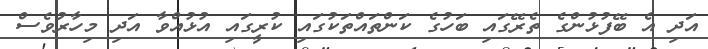
އަދި އެ ބޭފުޅުންގެ ތެރޭގައި ބަހުގެ ކަންތައްތަކުގައި ކުރީގައި އުޅުއްވާ އަދި މިހާރުވެސް